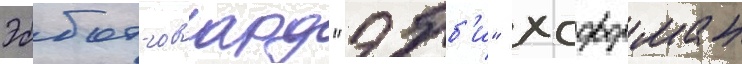
Эббот говард "эбб'и" хоффман